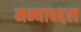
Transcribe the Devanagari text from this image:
मन्याबद्दल